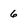
Character: 6